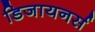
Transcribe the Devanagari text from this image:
डिजायनर्स